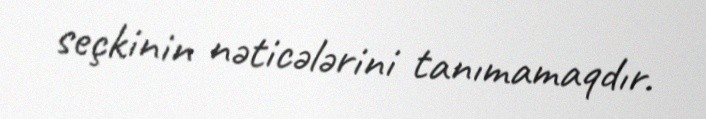
seçkinin nəticələrini tanımamaqdır.